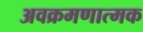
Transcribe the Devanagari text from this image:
अवक्रमणात्मक